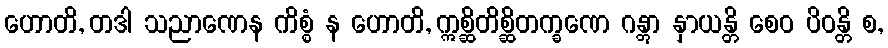
ဟောတိ, တဒါ သညာဏေန ကိစ္စံ န ဟောတိ, ဣစ္ဆိတိစ္ဆိတက္ခဏေ ဂန္တွာ နှာယန္တိ စေဝ ပိဝန္တိ စ,